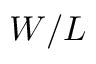
W / L